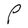
Character: P